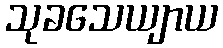
သုခသေယျာယ